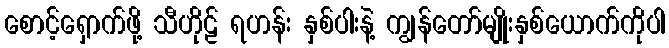
စောင့်ရှောက်ဖို့ သီဟိုဠ် ရဟန်း နှစ်ပါးနဲ့ ကျွန်တော်မျိုးနှစ်ယောက်ကိုပါ